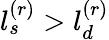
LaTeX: l_{s}^{(r)}>l_{d}^{(r)}